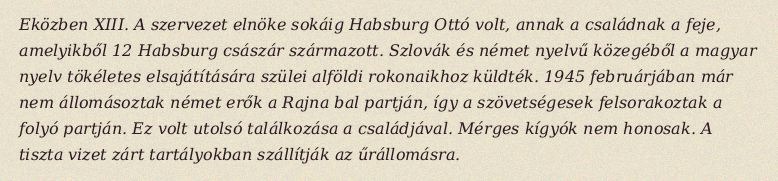
Eközben XIII. A szervezet elnöke sokáig Habsburg Ottó volt, annak a családnak a feje, amelyikből 12 Habsburg császár származott. Szlovák és német nyelvű közegéből a magyar nyelv tökéletes elsajátítására szülei alföldi rokonaikhoz küldték. 1945 februárjában már nem állomásoztak német erők a Rajna bal partján, így a szövetségesek felsorakoztak a folyó partján. Ez volt utolsó találkozása a családjával. Mérges kígyók nem honosak. A tiszta vizet zárt tartályokban szállítják az űrállomásra.